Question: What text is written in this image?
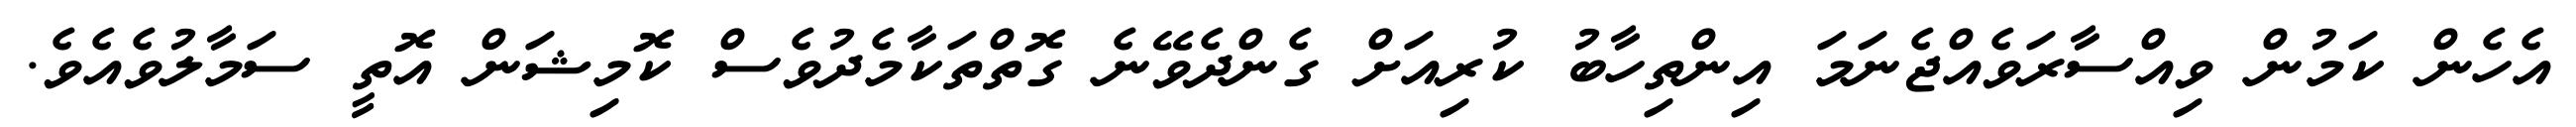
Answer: އެހެން ކަމުން ވިއްސާރަވެއްޖެނަމަ އިންތިހާބު ކުރިއަށް ގެންދެވޭނެ ގޮތްތަކާމެދުވެސް ކޮމިޝަން އޮތީ ސަމާލުވެއެވެ.